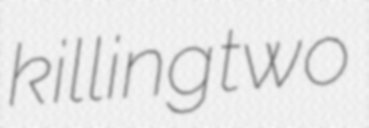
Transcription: killing two